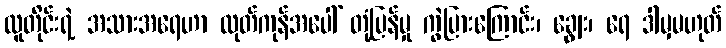
လူတိုင်းရဲ့ အသားအရေဟာ ထုတ်ကုန်အပေါ် တုံ့ပြန်မှု ကွဲပြားကြောင်း၊ ချွေး၊ ရေ ဒါမှမဟုတ်